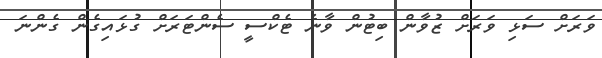
ވަރަށް ސަޅި ވަރަށް ޒުވާން ބިޓުން ވާނެ ޓެކްސީ ސެންޓަރަށް ގުޅައިގެން ގެންނަ